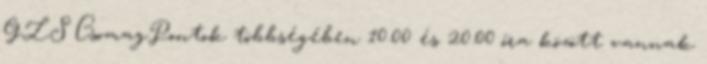
GLS CsomagPontok többségében 10.00 és 20.00 óra között vannak